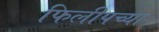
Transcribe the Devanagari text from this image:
फिलीपच्या